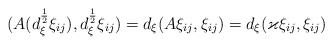
\begin{align*} (A(d_\xi^{\frac{1}{2}}\xi_{ij}),d_\xi^{\frac{1}{2}}\xi_{ij})=d_\xi(A\xi_{ij},\xi_{ij})=d_\xi({\varkappa}\xi_{ij},\xi_{ij})\end{align*}